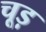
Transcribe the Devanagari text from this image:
चूड़